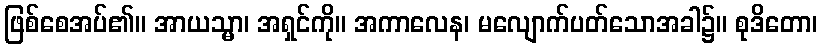
ဖြစ်စေအပ်၏။ အာယသ္မာ၊ အရှင်ကို။ အကာလေန၊ မလျောက်ပတ်သောအခါ၌။ စုဒိတော၊